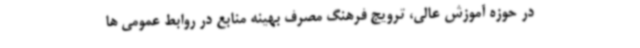
در حوزه آموزش عالی، ترویج فرهنگ مصرف بهینه منابع در روابط عمومی ها